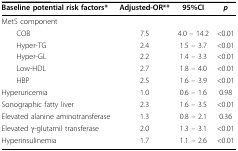
<table><thead><tr><td><b>Baseline potential risk factors*</b></td><td><b>Adjusted-OR**</b></td><td><b>95%CI</b></td><td><b><i>p</i></b></td></tr></thead><tbody><tr><td>MetS component</td><td></td><td></td><td></td></tr><tr><td> COB</td><td>7.5</td><td>4.0 - 14.2</td><td>&lt;0.01</td></tr><tr><td> Hyper-TG</td><td>2.4</td><td>1.5 - 3.7</td><td>&lt;0.01</td></tr><tr><td> Hyper-GL</td><td>2.2</td><td>1.4 - 3.3</td><td>&lt;0.01</td></tr><tr><td> Low-HDL</td><td>2.7</td><td>1.8 - 4.0</td><td>&lt;0.01</td></tr><tr><td> HBP</td><td>2.5</td><td>1.6 - 3.9</td><td>&lt;0.01</td></tr><tr><td>Hyperuricemia</td><td>1.0</td><td>0.6 - 1.6</td><td>0.98</td></tr><tr><td>Sonographic fatty liver</td><td>2.3</td><td>1.6 - 3.5</td><td>&lt;0.01</td></tr><tr><td>Elevated alanine aminotransferase</td><td>1.3</td><td>0.8 - 2.1</td><td>0.36</td></tr><tr><td>Elevated γ-glutamil transferase</td><td>2.0</td><td>1.3 - 3.1</td><td>&lt;0.01</td></tr><tr><td>Hyperinsulinemia</td><td>1.7</td><td>1.1 - 2.6</td><td>&lt;0.01</td></tr></tbody></table>